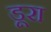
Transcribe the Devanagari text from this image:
डूरा